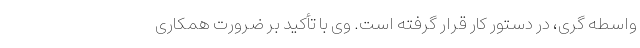
واسطه گری، در دستور کار قرار گرفته است. وی با تأکید بر ضرورت همکاری